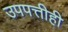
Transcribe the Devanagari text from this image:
उपपत्तीही